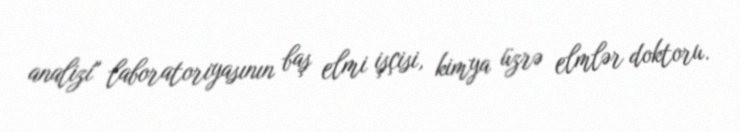
analizi" laboratoriyasının baş elmi işçisi, kimya üzrə elmlər doktoru.